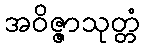
အဝိဇ္ဇာသုတ္တံ